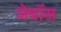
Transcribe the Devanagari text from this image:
जेबॉस